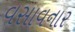
વસાવનાર